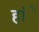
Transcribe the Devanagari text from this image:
हांे